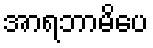
အာရဘာမိပေ